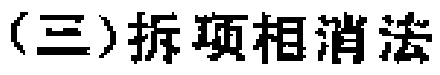
（三）拆项相消法